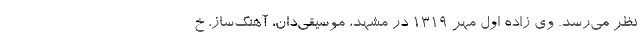
نظر می‌رسد. وی زاده اول مهر ۱۳۱۹ در مشهد، موسیقی‌دان، آهنگ‌ساز، خ